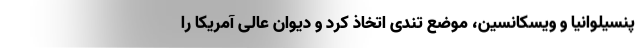
پنسیلوانیا و ویسکانسین، موضع تندی اتخاذ کرد و دیوان عالی آمریکا را